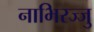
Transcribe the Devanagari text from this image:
नाभिरज्जु